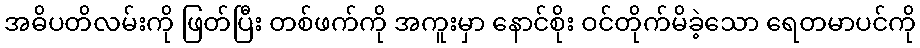
အဓိပတိလမ်းကို ဖြတ်ပြီး တစ်ဖက်ကို အကူးမှာ နောင်စိုး ဝင်တိုက်မိခဲ့သော ရေတမာပင်ကို